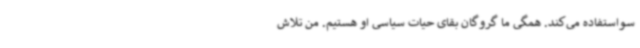
سواستفاده می‌کند. همگی ما گروگان بقای حیات سیاسی او هستیم. من تلاش